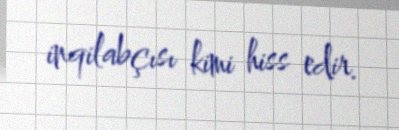
inqilabçısı kimi hiss edir.